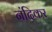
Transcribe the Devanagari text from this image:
नंदिकर